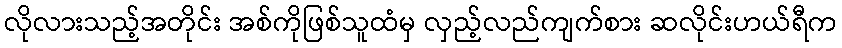
လိုလားသည့်အတိုင်း အစ်ကိုဖြစ်သူထံမှ လှည့်လည်ကျက်စား ဆလိုင်းဟယ်ရီက